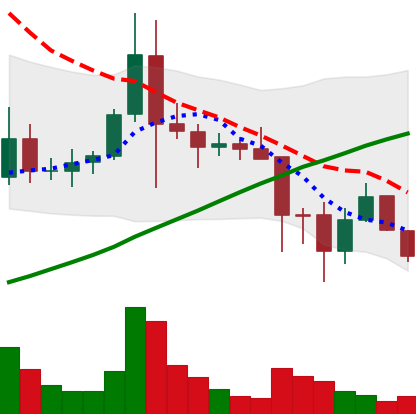
Ticker: ADA-USD
Chart end date: 2021-11-22
Forward return: -12.971%
Label: down_7plus